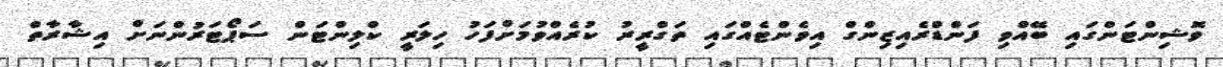
ވޮޝިންޓަންގައި ބޭއްވި ފަންޑްރެއިޒިންގް އިވެންޓެއްގައި ތަގްރީރު ކުރެއްވުމަށްފަހު ހިލަރީ ކްލިންޓަން ސަޕޯޓަރުންނަށް އިޝާރާތް